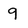
Character: 9